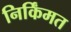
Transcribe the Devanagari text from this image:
निर्किंमत